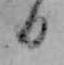
日